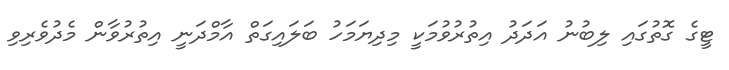
ޓީގެ ގޮތުގައި ލިބުނު އަދަދު އިތުރުވުމަކީ މިދިޔަމަހު ބަލައިގަތް އާމްދަނީ އިތުރުވާން މެދުވެރިވި